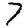
Digit: 7